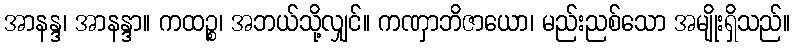
အာနန္ဒ၊ အာနန္ဒာ။ ကထဉ္စ၊ အဘယ်သို့လျှင်။ ကဏှာဘိဇာယော၊ မည်းညစ်သော အမျိုးရှိသည်။